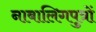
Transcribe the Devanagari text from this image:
नाबालिगपुत्रों